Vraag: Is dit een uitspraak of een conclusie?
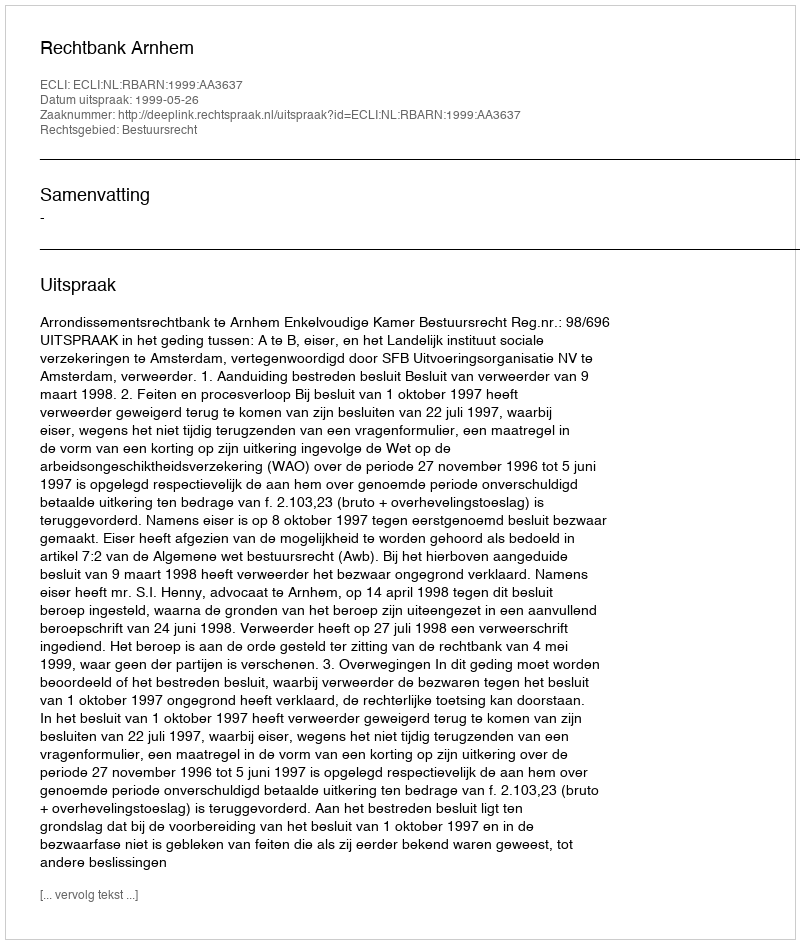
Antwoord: Uitspraak